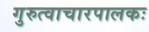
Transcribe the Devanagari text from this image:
गुरुत्वाचारपालकः